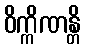
ဝိက္ကိဏန္တိ